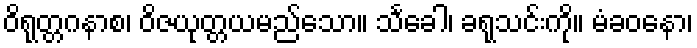
ဝိရုတ္တဂနာစ၊ ဝိဇယုတ္တယမည်သော။ သင်္ခေါ၊ ခရုသင်းကို။ မံခဝနော၊